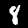
Digit: 8